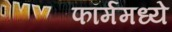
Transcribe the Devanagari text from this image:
फॉर्ममध्‍ये